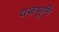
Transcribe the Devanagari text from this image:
वज्रभूमि